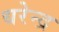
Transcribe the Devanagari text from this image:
धरेन्द्र